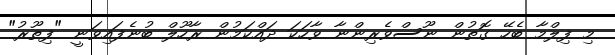
މި ފިލްމާ ބެހޭ ގޮތުން ނޫސްވެރިންނާ ވާހަކަ ދައްކަމުން ރާހޫލް ބުނެފައިވަނީ "ފިތޫރު"